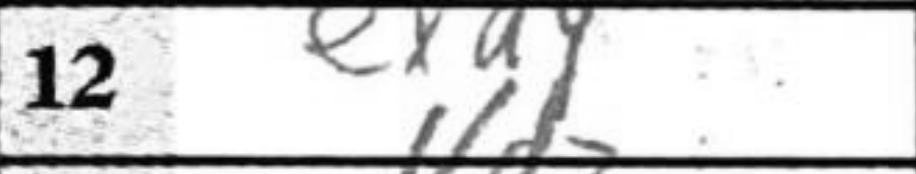
Transcription: exd4